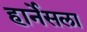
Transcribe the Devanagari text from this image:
हार्नेसला